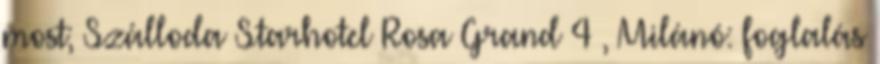
most; Szálloda Starhotel Rosa Grand 4 , Milánó: foglalás